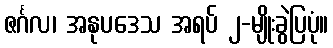
ဇင်္ဂလ၊ အနုပဒေသ အရပ် ၂-မျိုးခွဲပြပုံ။